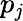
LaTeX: p_{\mathit{j}}